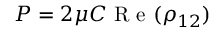
P = 2 \mu C \textrm { R e } ( \rho _ { 1 2 } )